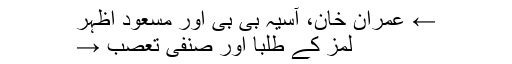
← عمران خان، آسیہ بی بی اور مسعود اظہر
لمز کے طلبا اور صنفی تعصب →